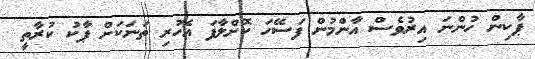
ޕާކިން ހުންނަ އިރުވެސް އާންމުން ފަސޭހަ ކޮށްލާފަ އެހުރި ތަނަކަށް ޕާކު ކުރާތީ